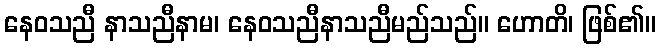
နေဝသညီ နာသညီနာမ၊ နေဝသညီနာသညီမည်သည်။ ဟောတိ၊ ဖြစ်၏။